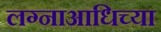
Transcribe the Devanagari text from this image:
लग्नाआधिच्या